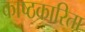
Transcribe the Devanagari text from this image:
काष्ठकारिता